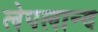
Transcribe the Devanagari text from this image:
लेपलान्द